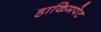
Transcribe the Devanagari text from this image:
हाकिमपेट